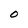
Character: o